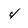
Character: 4